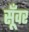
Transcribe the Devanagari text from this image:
सूँवर